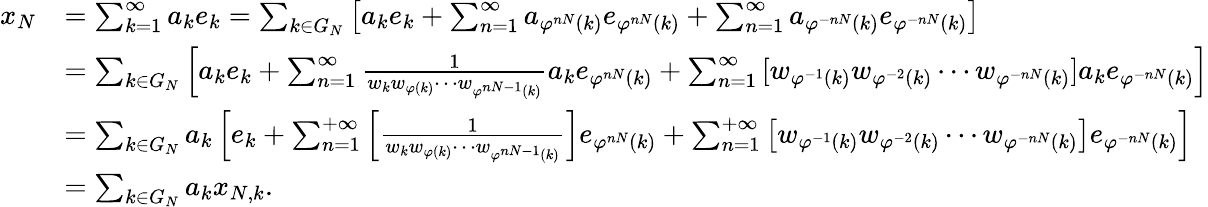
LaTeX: \begin{array}{rl}{x_{N}}&{=\sum_{k=1}^{\infty}{a_{k}e_{k}}=\sum_{k\in G_{N}}{\left[a_{k}e_{k}+\sum_{n=1}^{\infty}{a_{\varphi^{nN}(k)}e_{\varphi^{nN}(k)}}+\sum_{n=1}^{\infty}{a_{\varphi^{-nN}(k)}e_{\varphi^{-nN}(k)}}\right]}}\\ &{=\sum_{k\in G_{N}}{\left[a_{k}e_{k}+\sum_{n=1}^{\infty}{\frac{1}{w_{k}w_{\varphi(k)}\cdots w_{\varphi^{nN-1}(k)}}a_{k}e_{\varphi^{nN}(k)}}+\sum_{n=1}^{\infty}{[w_{\varphi^{-1}(k)}w_{\varphi^{-2}(k)}\cdots w_{\varphi^{-nN}(k)}]a_{k}e_{\varphi^{-nN}(k)}}\right]}}\\ &{=\sum_{k\in G_{N}}{a_{k}\left[e_{k}+\sum_{n=1}^{+\infty}{\left[\frac{1}{w_{k}w_{\varphi(k)}\cdots w_{\varphi^{nN-1}(k)}}\right]e_{\varphi^{nN}(k)}}+\sum_{n=1}^{+\infty}{\left[w_{\varphi^{-1}(k)}w_{\varphi^{-2}(k)}\cdots w_{\varphi^{-nN}(k)}\right]e_{\varphi^{-nN}(k)}}\right]}}\\ &{=\sum_{k\in G_{N}}{a_{k}x_{N,k}}.}\end{array}